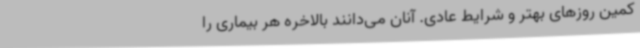
کمین روزهای بهتر و شرایط عادی. آنان می‌دانند بالاخره هر بیماری را